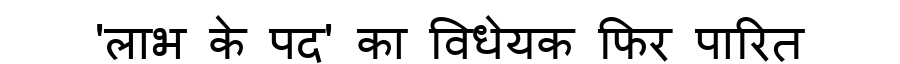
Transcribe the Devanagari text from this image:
'लाभ के पद' का विधेयक फिर पारित